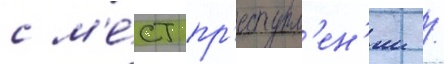
с м'е́ст пр'еступл'ен'ии /